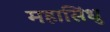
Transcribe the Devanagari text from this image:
महासिंधु